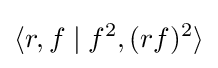
\langle r,f\mid f^{2},(rf)^{2}\rangle